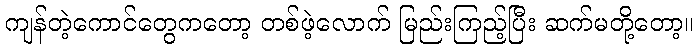
ကျန်တဲ့ကောင်တွေကတော့ တစ်ဖဲ့လောက် မြည်းကြည့်ပြီး ဆက်မတို့တော့။